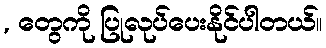
, တွေကို ပြုလုပ်ပေးနိုင်ပါတယ်။